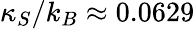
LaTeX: \kappa_{S}/k_{B}\approx 0.0629